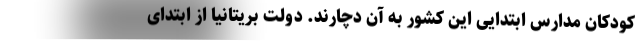
کودکان مدارس ابتدایی این کشور به آن دچارند. دولت بریتانیا از ابتدای